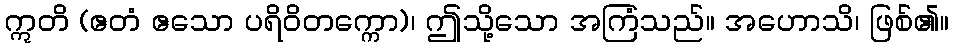
ဣတိ (ဧတံ ဧသော ပရိဝိတက္ကော)၊ ဤသို့သော အကြံသည်။ အဟောသိ၊ ဖြစ်၏။